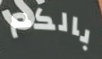
بالكم